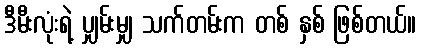
ဒီမီးလုံးရဲ့ ပျှမ်းမျှ သက်တမ်းက တစ် နှစ် ဖြစ်တယ်။